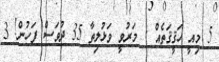
5 މިއީ ހަޤީޤަތެއް : މަރުވީ ވަޅުލިތާ 35 ދުވަސް ފަހުން! 3